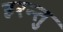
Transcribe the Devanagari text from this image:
हरन्तु